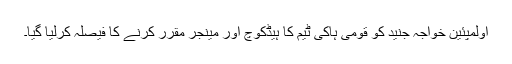
اولمپئین خواجہ جنید کو قومی ہاکی ٹیم کا ہیڈکوچ اور مینجر مقرر کرنے کا فیصلہ کرلیا گیا۔